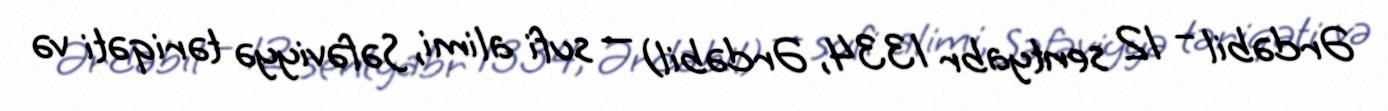
Ərdəbil – 12 sentyabr 1334, Ərdəbil) — sufi alimi, Səfəviyyə təriqəti və